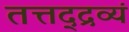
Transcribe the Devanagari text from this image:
तत्तद्द्रव्यं